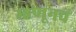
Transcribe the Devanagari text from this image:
म्हणूनचं